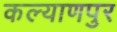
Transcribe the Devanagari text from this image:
कल्‍याणपुर